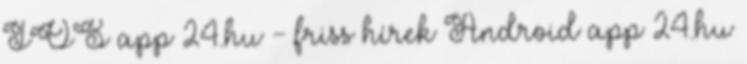
IOS app 24.hu - friss hírek Android app 24.hu